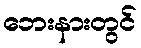
ဘေးနားတွင်